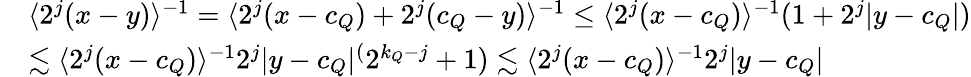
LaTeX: \begin{array}{rl}&{\langle 2^{j}(x-y)\rangle^{-1}=\langle 2^{j}(x-c_{Q})+2^{j}(c_{Q}-y)\rangle^{-1}\leq\langle 2^{j}(x-c_{Q})\rangle^{-1}(1+2^{j}|y-c_{Q}|)}\\ &{\lesssim\langle 2^{j}(x-c_{Q})\rangle^{-1}2^{j}|y-c_{Q}|^(2^{k_{Q}-j}+1)\lesssim\langle 2^{j}(x-c_{Q})\rangle^{-1}2^{j}|y-c_{Q}|}\end{array}